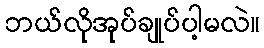
ဘယ်လိုအုပ်ချုပ်ပါ့မလဲ။